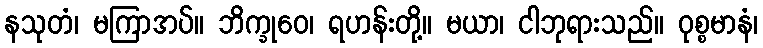
နသုတံ၊ မကြာအပ်။ ဘိက္ခုဝေ၊ ရဟန်းတို့။ မယာ၊ ငါဘုရားသည်။ ဝုစ္စမာနံ၊